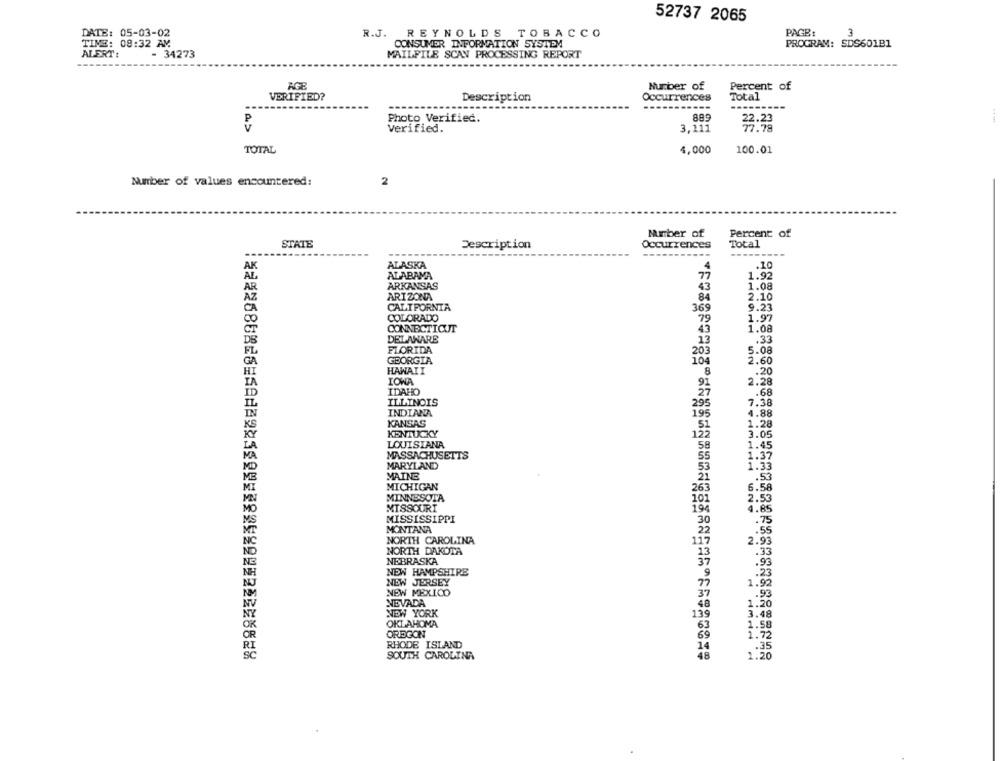
52737 2065
3
DATE: 05-03-02
R.J. REYNOLDS TOBACCO
PAGE:
TIME: 08:32 AM
CONSUMER INFORMATION SYSTEM
PROGRAM: SDS601B1
ALERT:
- 34273
MAILFILE SCAN PROCESSING REPORT
AGF
Number of
Percent of
VERIFIED?
Description
Occurrences
Total
-----
Photo Verified.
889
22.23
Verified.
3,111
77.78
TOTAL
4,000
100.01
Number of values encountered:
2
Mrber of
Percent of
STATE
Occurrences
Total
Description
ALASKA
4
ALABAMA
1.92
ARKANSAS
1.08
ARIZONA
84
2.10
CALIFORNIA
369
9.23
COLORADO
79
1.97
CONNECTICUT
1.08
43
DELAWARE
13
.33
FLORIDA
5.08
203
GEORGIA
104
2.60
HAWAII
8
.20
IOWA
91
2.28
IDAHO
27
.68
ILLINOIS
7.38
INDIANA
295
195
4.88
KANSAS
1.28
KENTUCKY
3.05
LOUISIANA
1.45
MASSACHUSETTS
MARYLAND
1.32
MAINE
.53
MICHIGAN
.58
MINNESOTA
2.5
MISSOURI
19
4.
MISSISSIPPI
30
.75
MONTANA
22
.55
NORTH CAROLINA
2.93
117
NORTH DAKOTA
.33
NEBRASKA
.93
NEW HAMPSHIRE
.23
NEW JERSEY
1.92
NEW MEXICO
37
.93
NEVADA
48
1.20
NEW YORK
139
3.48
OKLAHOMA
1.58
OREGON
1.72
RHODE ISLAND
.35
8
SOUTH CAROLINA
2.20